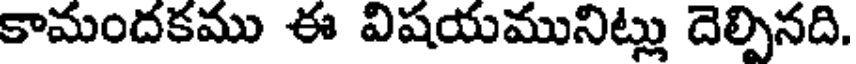
కామందకము ఈ విషయమునిట్లు దెల్పినది.